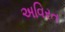
અવિરત